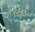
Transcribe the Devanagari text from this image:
४७३५५१